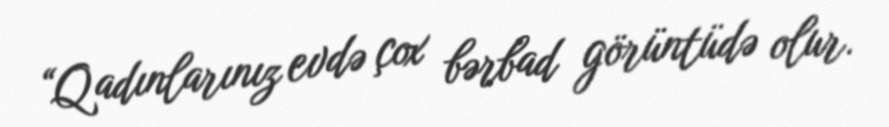
“Qadınlarınız evdə çox bərbad görüntüdə olur.